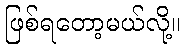
ဖြစ်ရတော့မယ်လို့။